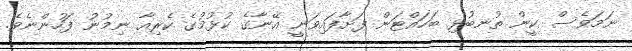
ނަމަވެސް ކީން ތުނބުޅި ބަހައްޓަން ފަށާފައިވަނީ އޭނާގެ ކުޅުމުގެ ކެރިއާ ނިމުނު ފަހުންނެވެ.